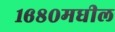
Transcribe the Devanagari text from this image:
१६८०मधील